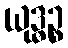
ယုဒ္ဓဉ္စ